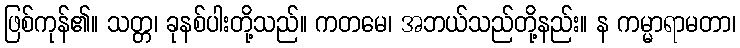
ဖြစ်ကုန်၏။ သတ္တ၊ ခုနစ်ပါးတို့သည်။ ကတမေ၊ အဘယ်သည်တို့နည်း။ န ကမ္မာရာမတာ၊